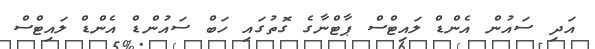
އަދި ސައުން އެންޑް ލައިޓްސް ޕާޓްނާގެ ގޮތުގައި ހަބް ސައުންޑް އެންޑް ލައިޓްސް